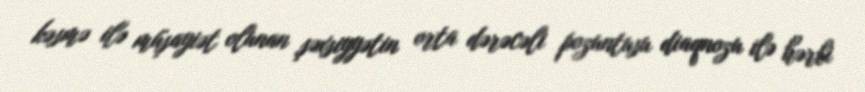
kəsmə ilə müşayiət olunan şəxsiyyətin orta dərəcəli pozuntusu diaqnozu ilə hərbi